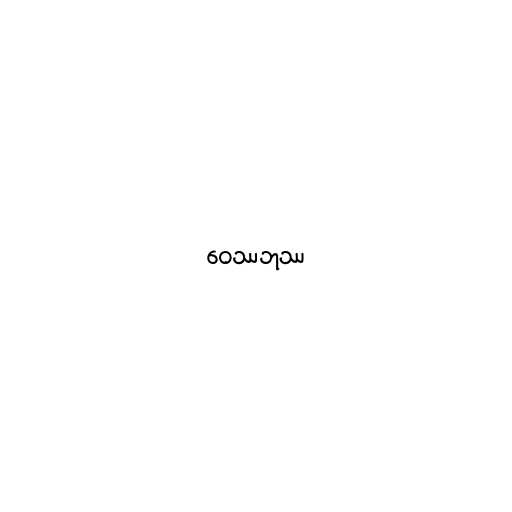
ဝေဿဘုဿ